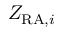
Z _ { { \mathrm { R A } } , i }